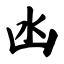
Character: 凼